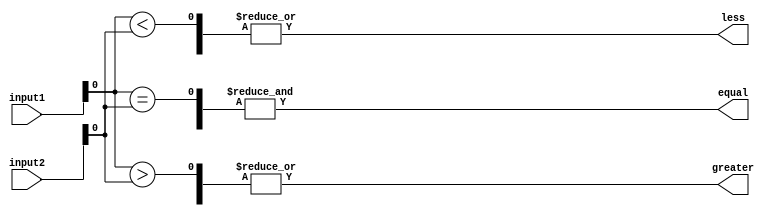
module comparator (
    input [7:0] input1,
    input [7:0] input2,
    output wire equal,
    output wire greater,
    output wire less
);

wire [7:0] equal_signals;
wire [7:0] greater_signals;
wire [7:0] less_signals;

// Combinational logic blocks to compare each pair of bits
// Outputs of these blocks feed into multiplexers

// For example, the comparision of the first pair of bits
assign equal_signals[0] = (input1[0] == input2[0]);
assign greater_signals[0] = (input1[0] > input2[0]);
assign less_signals[0] = (input1[0] < input2[0]);

// Add additional comparators for the remaining bit pairs

// Multiplexers to select the appropriate comparison result
assign equal = &equal_signals;
assign greater = |greater_signals;
assign less = |less_signals;

endmodule